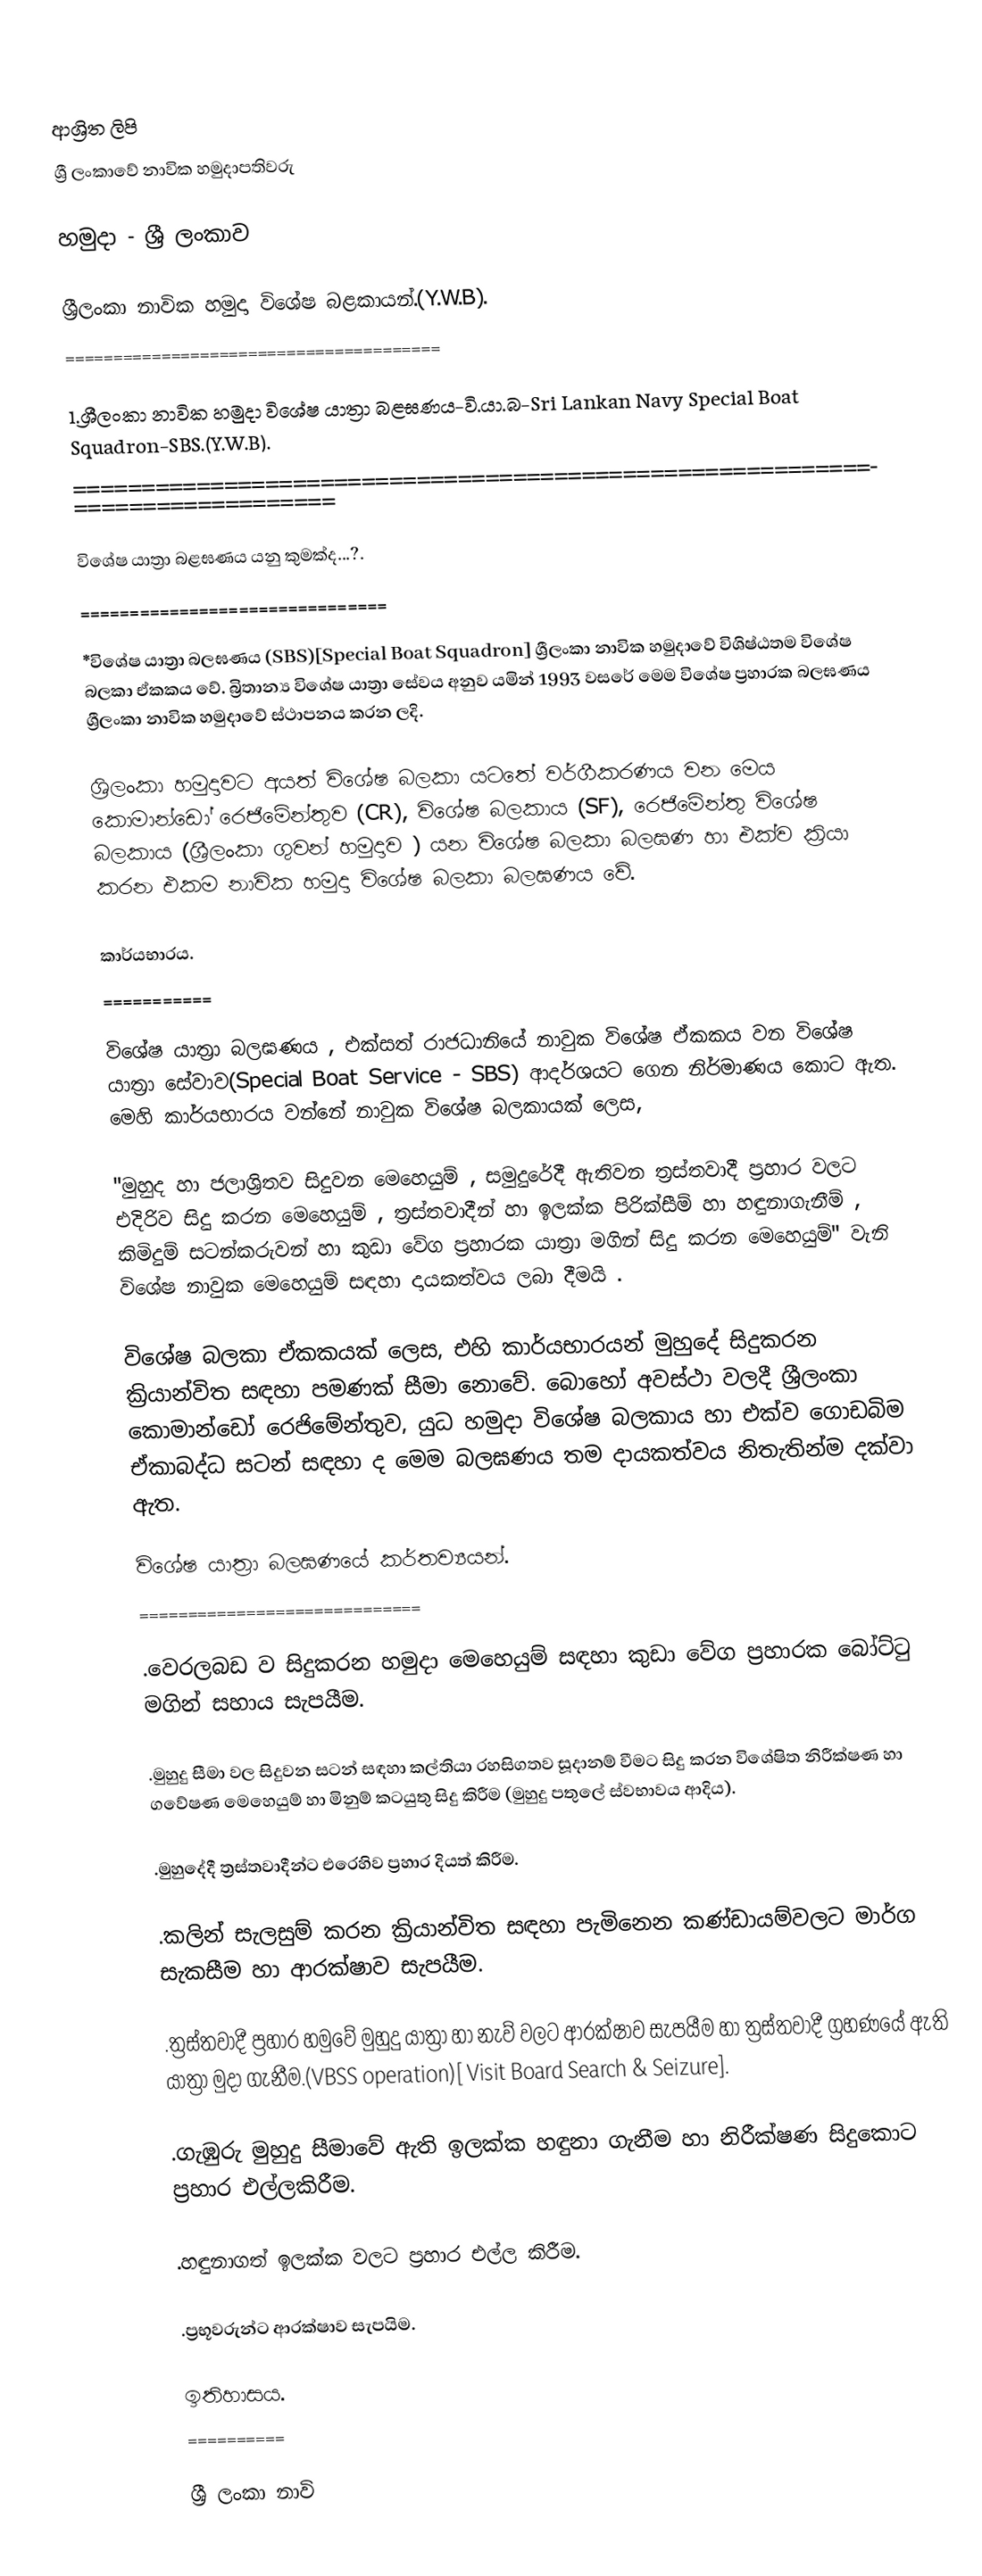

ආශ්‍රිත ලිපි
ශ්‍රී ලංකාවේ නාවික හමුදාපතිවරු

හමුදා - ශ්‍රී ලංකාව

ශ්‍රීලංකා නාවික හමුදා විශේෂ බළකායන්.(Y.W.B).
=======================================

1.ශ්‍රීලංකා නාවික හමුදා විශේෂ යාත්‍රා බළඝණය-වි.යා.බ-Sri Lankan Navy Special Boat Squadron-SBS.(Y.W.B).
=============================================================================

විශේෂ යාත්‍රා බළඝණය යනු කුමක්ද...?.
===============================

 *විශේෂ යාත්‍රා බලඝණය (SBS)[Special Boat Squadron] ශ්‍රීලංකා නාවික හමුදාවේ විශිෂ්ඨතම විශේෂ බලකා ඒකකය වේ. බ්‍රිතාන්‍ය විශේෂ යාත්‍රා සේවය අනුව යමින් 1993 වසරේ මෙම විශේෂ ප්‍රහාරක බලඝණය ශ්‍රීලංකා නාවික හමුදාවේ ස්ථාපනය කරන ලදි.

ශ්‍රිලංකා හමුදාවට අයත් විශේෂ බලකා යටතේ වර්ගීකරණය වන මෙය කොමාන්ඩෝ රෙජිමේන්තුව (CR), විශේෂ බලකාය (SF), රෙජිමේන්තු විශේෂ බලකාය (ශ්‍රීලංකා ගුවන් හමුදාව ) යන විශේෂ බලකා බලඝණ හා එක්ව ක්‍රියා කරන එකම නාවික හමුදා විශේෂ බලකා බලඝණය වේ.

කාර්යභාරය.
===========

විශේෂ යාත්‍රා බලඝණය , එක්සත් රාජධානියේ නාවුක විශේෂ ඒකකය වන විශේෂ යාත්‍රා සේවාව(Special Boat Service - SBS) ආදර්ශයට ගෙන නිර්මාණය කොට ඇත. මෙහි කාර්යභාරය වන්නේ නාවුක විශේෂ බලකායක් ලෙස,

"මුහුද හා ජලාශ්‍රිතව සිදුවන මෙහෙයුම් , සමුදුරේදී ඇතිවන ත්‍රස්තවාදී ප්‍රහාර වලට එදිරිව සිදු කරන මෙහෙයුම් , ත්‍රස්තවාදීන් හා ඉලක්ක පිරික්සීම් හා හඳුනාගැනීම් , කිමිදුම් සටන්කරුවන් හා කුඩා වේග ප්‍රහාරක යාත්‍රා මගින් සිදු කරන මෙහෙයුම්" වැනි විශේෂ නාවුක මෙහෙයුම් සඳහා දායකත්වය ලබා දීමයි .

විශේෂ බලකා ඒකකයක් ලෙස, එහි කාර්යභාරයන් මුහුදේ සිදුකරන ක්‍රියාන්විත සඳහා පමණක් සීමා නොවේ. බොහෝ අවස්ථා වලදී ශ්‍රීලංකා කොමාන්ඩෝ රෙජිමේන්තුව, යුධ හමුදා විශේෂ බලකාය හා එක්ව ගොඩබිම ඒකාබද්ධ සටන් සඳහා ද මෙම බලඝණය තම දායකත්වය නිතැතින්ම දක්වා ඇත.

විශේෂ යාත්‍රා බලඝණයේ කර්තව්‍යයන්.
=============================

.වෙරලබඩ ව සිදුකරන හමුදා මෙහෙයුම් සඳහා කුඩා වේග ප්‍රහාරක බෝට්ටු මගින් සහාය සැපයීම.

.මුහුදු සීමා වල සිදුවන සටන් සඳහා කල්තියා රහසිගතව සූදානම් වීමට සිදු කරන විශේෂිත නිරීක්ෂණ හා ගවේෂණ මෙහෙයුම් හා මිනුම් කටයුතු සිදු කිරීම (මුහුදු පතුලේ ස්වභාවය ආදිය).

.මුහුදේදී ත්‍රස්තවාදීන්ට එරෙහිව ප්‍රහාර දියත් කිරීම.

.කලින් සැලසුම් කරන ක්‍රියාන්විත සඳහා පැමිනෙන කණ්ඩායම්වලට මාර්ග සැකසීම හා ආරක්ෂාව සැපයීම.

.ත්‍රස්තවාදී ප්‍රහාර හමුවේ මුහුදු යාත්‍රා හා නැව් වලට ආරක්ෂාව සැපයීම හා ත්‍රස්තවාදී ග්‍රහණයේ ඇති යාත්‍රා මුදා ගැනීම.(VBSS operation)[ Visit Board Search & Seizure].

.ගැඹුරු මුහුදු සීමාවේ ඇති ඉලක්ක හඳුනා ගැනීම හා නිරීක්ෂණ සිදුකොට ප්‍රහාර එල්ලකිරීම.

.හඳුනාගත් ඉලක්ක වලට ප්‍රහාර එල්ල කිරීම.

.ප්‍රභූවරුන්ට ආරක්ෂාව සැපයිම.

ඉතිහාසය.
==========

ශ්‍රී ලංකා නාවි